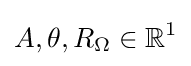
A,\theta ,R_{\Omega }\in {\mathbb {R} }^{1}